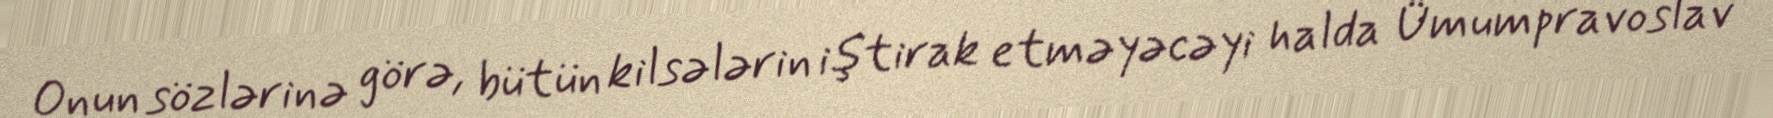
Onun sözlərinə görə, bütün kilsələrin iştirak etməyəcəyi halda Ümumpravoslav